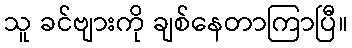
သူ ခင်ဗျားကို ချစ်နေတာကြာပြီ။